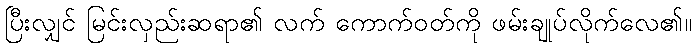
ပြီးလျှင် မြင်းလှည်းဆရာ၏ လက် ကောက်ဝတ်ကို ဖမ်းချုပ်လိုက်လေ၏။